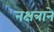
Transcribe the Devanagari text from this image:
नक्षत्राने